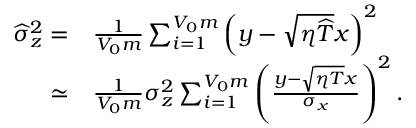
\begin{array} { r l } { \widehat { \sigma } _ { z } ^ { 2 } = } & { \frac { 1 } { V _ { 0 } m } \sum _ { i = 1 } ^ { V _ { 0 } m } \left( y - \sqrt { \eta \widehat { T } } x \right) ^ { 2 } } \\ { \simeq } & { \frac { 1 } { V _ { 0 } m } \sigma _ { z } ^ { 2 } \sum _ { i = 1 } ^ { V _ { 0 } m } \left( \frac { y - \sqrt { \eta T } x } { \sigma _ { x } } \right) ^ { 2 } . } \end{array}